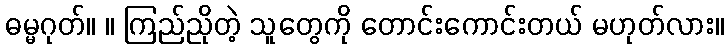
ဓမ္မဂုတ်။ ။ ကြည်ညိုတဲ့ သူတွေကို တောင်းကောင်းတယ် မဟုတ်လား။